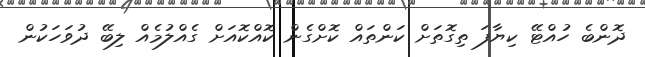
ދޮންބެ ހުއްޓޭ ކިޔާފަ ތިގޮތަށް ކަންތައް ކޮށްގެން ކޮއްކޮއަށް ގެއްލުމެއް ލިބޭ ދުވަހަކުން